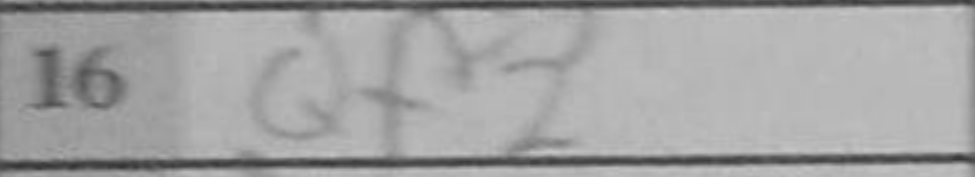
Transcription: Qf2